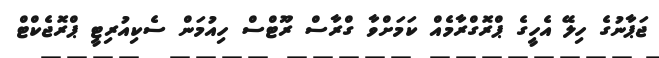
ޖަޕާނުގެ ހިލޭ އެހީގެ ޕްރޮގްރާމެއް ކަމަށްވާ ގްރާސް ރޫޓްސް ހިއުމަން ސެކިއުރިޓީ ޕްރޮޖެކްޓް